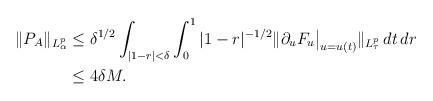
LaTeX: \begin{align*} \lVert P_A \rVert_{ L^p_\alpha} &\le \delta^{1/2} \int_{|1-r| < \delta} \int^{1}_{0} |1-r|^{-1/2} \lVert \partial_u F_{u}\big|_{u=u(t)} \rVert_{L^p_{\tau}} \, dt \,dr \\ &\le 4\delta M.\end{align*}